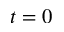
t = 0